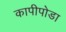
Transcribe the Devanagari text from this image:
कापीपोडा